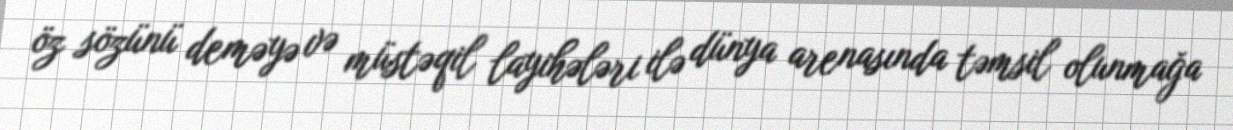
öz sözünü deməyə və müstəqil layihələri ilə dünya arenasında təmsil olunmağa